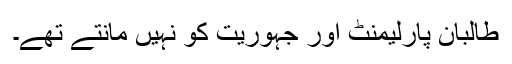
طالبان پارلیمنٹ اور جہوریت کو نہیں مانتے تھے۔